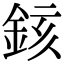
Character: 䤤